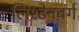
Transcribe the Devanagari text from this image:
लिश्टेनबर्ग